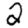
Digit: 2